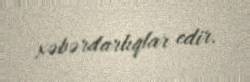
xəbərdarlıqlar edir.